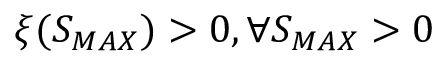
\xi ( S _ { M A X } ) > 0 , \forall S _ { M A X } > 0